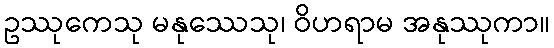
ဥဿုကေသု မနုဿေသု၊ ဝိဟရာမ အနုဿုကာ။